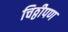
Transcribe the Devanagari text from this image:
चिठ्ठीपण